Vital statistics of India. Vol. VI, European troops 1870-79
Year: 1870
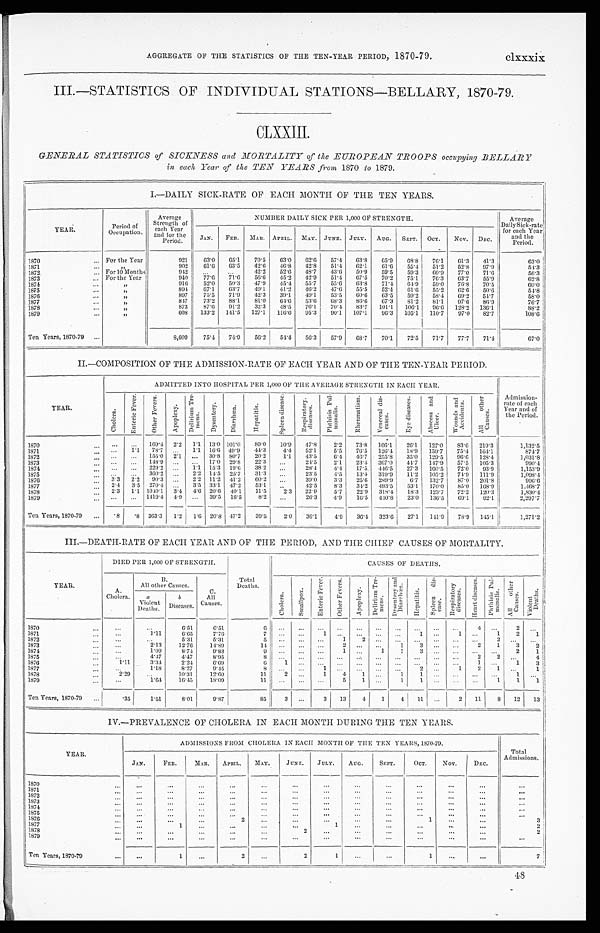
AGGREGATE OF THE STATISTICS OF THE TEN-YEAR PERIOD, 1870-79.
clxxxix
III.—STATISTICS OF INDIVIDUAL STATIONS—BELLARY, 1870-79.
CLXXIII.
GENERAL STATISTICS of SICKNESS and MORTALITY of the EUROPEAN TROOPS occupying BELLARY
in each Year of the TEN YEARS from 1870 to 1879.
I.—DAILY SICK-RATE OF EACH MONTH OF THE TEN YEARS.
YEAR.
Period of
Occupation.
Average
Strength of
each Year
and for the
Period.
NUMBER DAILY SICK PER 1,000 OF STRENGTH.
Average
Daily Sick-rate
for each Year
and the
Period.
JAN. FEB. MAR. APRIL. MAY. JUNE. JULY. AUG. SEPT. OCT. NOV. DEC.
1870
For the Year
921
63.0
65.1
70.5 63.0 62.6
57.4 63.8 65.9 68.8
76.1 61.3 41.3
63.0
1871
"
902
61.6
63.5
42.6 46.8 42.8
51.4 62.1 61.6
55.4 51.2 52.8 97.9
54.3
1872
F o r 1 0 M o n t h s 942 ....
. . .
42.2 52.6 48.7
43.6 50.9
59.5
59.3
60.9
77.0 71.6
56.3
1873
For the Year
940
77.6 71.6
56.6
45.2 42.9
51.4 67.5
70.2
75.1
76.3 63.7
55.9
62.8
1874
" 916
52.0 50.3 47.9
45.4
5 5 . 7
5 5 . 6
63.8 71.4 64.9 59.0 76.8 70.5
60.0
1875
"
891 67.1 63.7
49.1
41.2 46.2
47.6 55.5
52.4
61.6 55.2 62.6 50.6
54.8
1876
" 897
75.5
71.9
42.3
39.1
49.1
53.5
60.6
63.5
59.2
58.4 69.2 54.7
58.0
1877
"
847 73.2 88.1
81.0 64.6 53.6
68.3
86.6 67.3 81.2 81.1 97.6 86.9
76.7
1878
" 873
87.6
91.2
32.3 48.5 76.1
70.4 83.7 101.1 106.1 96.6 128.2 136.1
88.2
1 8 7 9
" 608 133.2 141.5 127.1 116.6 95.3 90.1 107.1
96.3 105.1 110.7 97.0 82.7
108.6
Ten Years, 1870-79
8,609
75.4 74.9
56.2
54.4 56.3
57.9 68.7
70.1
72.5
71.7
77.7 71.4
67.0
II.—COMPOSITION OF THE ADMISSION-RATE OF EACH YEAR AND OF THE TEN-YEAR PERIOD.
YEAR.
ADMITTED INTO HOSPITAL PER 1,000 OF THE AVERAGE STRENGTH IN EACH YEAR.
Admission-
rate of each
Year and of
the Period.
C h o l e r a .
E n t e r i c F e v e r .
O t h e r F e v e r s .
A p o p l e x y .
D e l i r i u m T r e -
m e n s .
D y s e n t e r y .
D i a r r h œ a .
H e p a t i t i s .
S p l e e n d i s e a s e .
R e s p i r a t o r y . d i s e a s e s .
P h t h i s i s P u l -
m o n a l i s .
R h e u m a t i s m .
V e n e r e a l d i s -
e a s e s .
E y e d i s e a s e s .
A b s c e s s a n d
U l c e r .
W o u n d s a n d
A c c i d e n t s .
A l l o t h e r c a u s e s .
1870
. . .
. . .
169.4 2.2 1.1 13.0 101.0
89.0
10.9 47.8
2.2
73.8 166.1
26.1 127.0
83.6 219.3
1,132.5
1871
. . .
1.1 78.7
. . .
1.1 16.6 49.9
44.3
4.4 52.1
5.5 76.5 126.4 18.9 159.7
75.4 164.1
874.7
1 8 7 2 . . .
. . .
155.0 2.1 ... 30.8 80.7
20.2
1.1 43.5
6.4 46.7 255.8 35.0 129.5 96.6 128.4
1,031.8
1873
. . . . . .
148.9
. . .
. . .
17.0 29.8
22.3 ...
24.5
2.1
23.4 367.0 44.7 147.9 57.5 105.3
990.4
1 8 7 4
. . .
. . .
229.2 ...
1.1 15.3 19.6 38.2 ...
28.4
4.4 17.5 446.5 27.3 160.5 72.0 93.9
1,153.9
1875
...
... 360.2
. . .
2.2 14.5 25.7
31.3
. . .
23.5
4.5
13.4 319.9 11.2 105.2 74.9 111.9
1,098.4
1876
3.3 2.2 90.3
. . .
2.2 11.2 41.2 60.2
. . .
39.0
3.3
25.6 289.9 6.7 132.7
87.0 201.8
996.6
1877
2.4 3.5 270.4
. . .
3.5 33.1 47.2
53.1
. . .
42.5
8.3
34.2 493.5
53.1 170.0 85.0 168.9
1,468.7
1 8 7 8
2.3 1.1 1040.1 3.4 4.6 20.6 40.1
11.5
2.3 22.9
5.7
22.9 318.4 18.3 123.7 72.2 120.3
1,830.4
1879
. . .
. . .
1419.4 4.9 ... 39.5 16.5
8.2 ...
26.3
4.9 16.5 410.8 23.0 136.5 69.1
92.1
2,297.7
Ten Years, 1870-79
. 8 . 8
363.3 1.2 1.6 20.8 47.2
39.5
2.0 36.1 4.9 36.4 323.6 27.1 141.9 78.9 145.1 1,271.2
III.—DEATH-RATE OF EACH YEAR AND OF THE PERIOD, AND THE CHIEF CAUSES OF MORTALITY.
YEAR.
DIED PER 1,000 OF STRENGTH.
Total
Deaths.
CAUSES OF DEATHS.
A.
Cholera.
B.
All other Causes.
C.
All
Causes.
C h o l e r a . S m a l l p o x .
E n t e r i c F e v e r .
O t h e r F e v e r .
A p o p l e x y .
D e l i r i u m T r e -
m e n s .
D y s e n t e r y a n d
D i a r r h œ a .
H e p a t i t i s .
S p l e n n d i s -
e a s e .
R e s p i r a t o r y
d i s e a s e s .
H e a r t d i s e a s e s .
P h t h i s i s P u l -
m o n a l i s .
A l l o t h e r
C a u s e s .
V i o l e n t
D e a t h s .
a
Violent
Deaths.
b
Diseases.
1870
. . .
. . .
6.51
6.51
6
. . .
. . .
. . .
. . .
. . .
. . .
. . .
. . . . . .
. . .
4
. . .
2
. . .
1 8 7 1
. . .
1.11
6.65
7.76
7
. . .
. . . 1
. . .
. . .
. . .
. . .
1
. . .
1
. . . 1
2
1
1872
. . .
...
5.31
5.31
5
. . .
. . .
. . .
1
2
. . .
. . .
. . .
. . . . . .
. . .
2
. . .
. . .
1873
...
2 . 1 3
12.76
14.89
14
. . . . . .
. . .
2 . . .
. . .
1
3
. . .
. . .
2
1
3
2
1874
. . .
1.09
8.74
9.83
9
. . .
. . .
. . .
1
. . .
1
1 3
. . .
. . .
... ...
2
1
1875
. . .
4.17
4.47
8.95
8
. . .
. . .
. . .
. . .
. . .
. . . . . .
. . . . . .
. . .
2
2 ...
4
1876
1.11
3.34
2.24
6.69
6
1
. . .
. . .
. . .
. . .
. . .
. . . . . .
. . . . . .
1 . . .
1
3
1877
. . .
1.18
8.27
9.45
8
. . .
. . .
1 ...
. . .
. . .
...
2
...
1
2
1
. . .
1
1 8 7 8
2.29
. . .
10.31
12.60
11
2
. . .
1
4
1 ...
1
1
. . .
. . .
. . .
. . .
1
. . .
1879
. . .
1.64
1 6 . 4 5
1 8 . 0 9
1 1 . . .
. . .
. . .
5
1
. . .
1
1
. . .
. . .
. . .
1
1
1
Ten Years, 1870-79
. 3 5
1.51
8.01
9.87
85
3 ...
3 13
4
1
4 11
. . .
2
11
8 12 13
IV.—PREVALENCE OF CHOLERA IN EACH MONTH DURING THE TEN YEARS.
YEAR.
ADMISSIONS FROM CHOLERA IN EACH MONTH OF THE TEN YEARS, 1870-79.
Total
A d m i s s i o n s .
JAN.
F E B .
M A R .
A P R I L .
MAY.
J U N E .
JULY. AUG.
SEPT.
OCT.
NOV.
DEC.
1870
...
. . .
...
. . .
. . .
...
. . .
. . .
. . .
. . .
. . .
. . .
. . .
1871
...
...
...
. . .
. . .
. . .
. . .
. . .
. . .
. . .
. . .
...
...
1 8 7 2
. . .
...
...
. . .
. . .
. . .
. . .
. . .
. . .
. . .
...
...
...
1873
...
...
...
. . .
. . .
. . .
. . .
...
. . .
. . .
...
...
. . .
1874
. . .
...
. . .
. . .
. . .
. . .
...
...
. . .
...
...
. . . ...
1875
. . .
. . .
. . .
. . .
...
. . .
...
...
...
. . .
...
...
...
1 8 7 6
...
...
...
...
...
.
2
...
. . .
. . .
. . .
...
1
...
...
3
1877
. . . 1
. . .
...
. . .
. . .
1
...
...
...
. . .
...
2
1878
...
...
...
...
. . . 2
...
...
...
...
...
...
2
1879
...
...
...
...
...
...
...
. . .
. . .
. . .
...
...
. . .
Ten Years, 1870-79
...
1
...
2
. . . 2
1
. . .
. . . 1
...
...
7
48